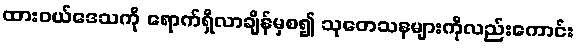
ထားဝယ်ဒေသကို ရောက်ရှိလာချိန်မှစ၍ သုတေသနများကိုလည်းကောင်း